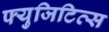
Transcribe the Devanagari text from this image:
फ्युजिटिव्स